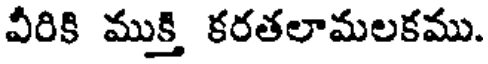
వీరికి ముక్తి కరతలామలకము.